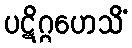
ပဋိဂ္ဂဟေသိံ